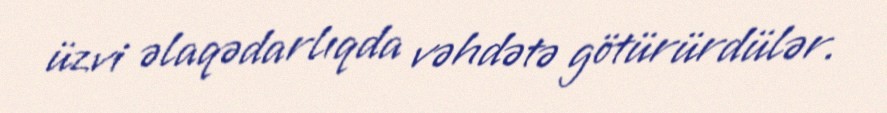
üzvi əlaqədarlıqda vəhdətə götürürdülər.